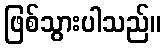
ဖြစ်သွားပါသည်။